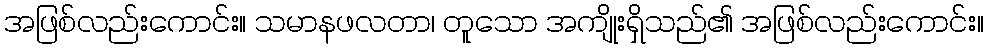
အဖြစ်လည်းကောင်း။ သမာနဖလတာ၊ တူသော အကျိုးရှိသည်၏ အဖြစ်လည်းကောင်း။